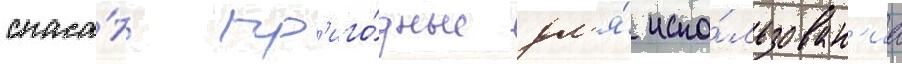
спаса́ть пр'иго́дные дл'я́ испо́льзован'иа